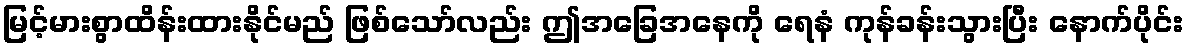
မြင့်မားစွာထိန်းထားနိုင်မည် ဖြစ်သော်လည်း ဤအခြေအနေကို ရေနံ ကုန်ခန်းသွားပြီး နောက်ပိုင်း